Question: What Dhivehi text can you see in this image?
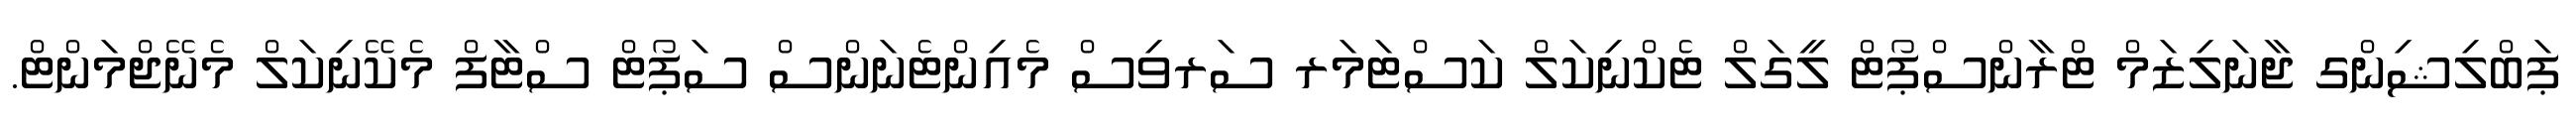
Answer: ޕަބްލިޝިންގ ޖާނަލިޒަމް ޓްރާންސްޕޯޓް ލީގަލް ޓެކްނިކަލް ކަސްޓަމަރ ސަރވިސް މެއިންޓެނަންސް ސަޕޯޓް ސްޓާފް މެކޭނިކަލް މެނޭޖްމަންޓް.